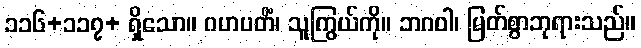
၁၁၆+၁၁၇+ ရှိသော။ ဂဟပတိံ၊ သူကြွယ်ကို။ ဘဂဝါ၊ မြတ်စွာဘုရားသည်။